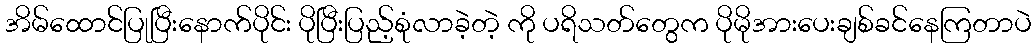
အိမ်ထောင်ပြုပြီးနောက်ပိုင်း ပိုပြီးပြည့်စုံလာခဲ့တဲ့ ကို ပရိသတ်တွေက ပိုမိုအားပေးချစ်ခင်နေကြတာပဲ